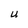
Character: U